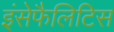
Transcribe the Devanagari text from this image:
इंसेफैलिटिस